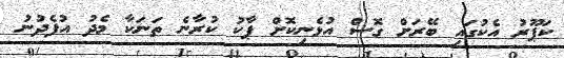
ކަޕޫރު އެކުގައި ބޭރަށް ގޮސް އުޅެނިކޮށް ޕާކު ކުރާނެ ތަނަކާ މެދު އުފެދުނު